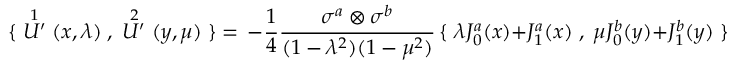
\{ \; \stackrel { 1 } { U ^ { \prime } } ( x , \lambda ) \; , \; \stackrel { 2 } { U ^ { \prime } } ( y , \mu ) \; \} = \, - \frac { 1 } { 4 } \frac { \sigma ^ { a } \otimes \sigma ^ { b } } { ( 1 - \lambda ^ { 2 } ) ( 1 - \mu ^ { 2 } ) } \, \{ \; \lambda J _ { 0 } ^ { a } ( x ) + J _ { 1 } ^ { a } ( x ) \; , \; \mu J _ { 0 } ^ { b } ( y ) + J _ { 1 } ^ { b } ( y ) \; \} =